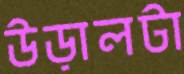
উড়ালটা